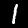
Label: 1